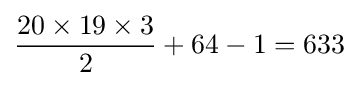
{{20\times 19\times 3} \over 2}+64-1=633